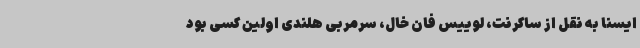
ایسنا به نقل از ساکرنت، لوییس فان خال، سرمربی هلندی اولین کسی بود